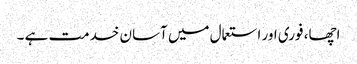
اچھا، فوری اور استعمال میں آسان خدمت ہے ۔